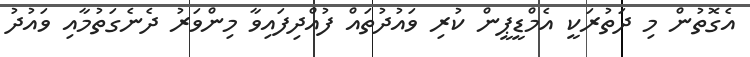
އެގޮތުން މި ދަތުރަކީ އެމްޑީޕީން ކުރި ވައުދުތައް ފުއްދިފައިވާ މިންވަރު ދެނެގަތުމާއި ވައުދު